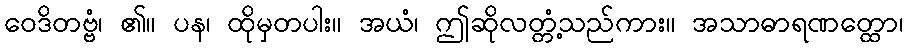
ဝေဒိတဗ္ဗံ၊ ၏။ ပန၊ ထိုမှတပါး။ အယံ၊ ဤဆိုလတ္တံ့သည်ကား။ အသာဓာရဏတ္ထော၊